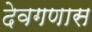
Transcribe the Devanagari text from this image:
देवगणास